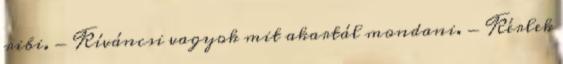
ribi. - Kíváncsi vagyok mit akartál mondani. - Kérlek